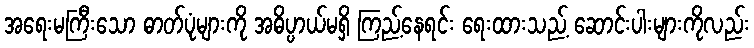
အရေးမကြီးသော ဓာတ်ပုံများကို အဓိပ္ပာယ်မရှိ ကြည့်နေရင်း ရေးထားသည့် ဆောင်းပါးများကိုလည်း